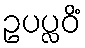
ဥပပ္လဝိံ